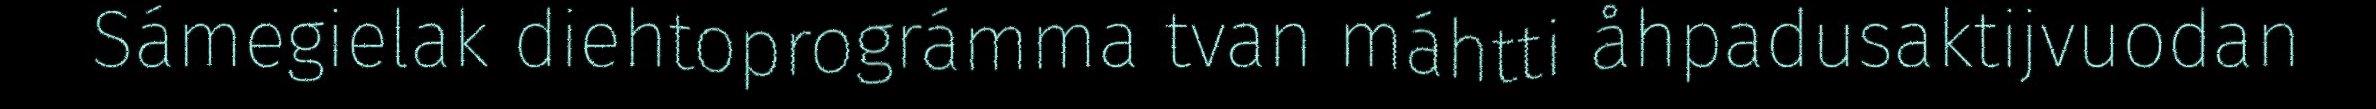
Sámegielak diehtoprográmma tvan máhtti åhpadusaktijvuodan